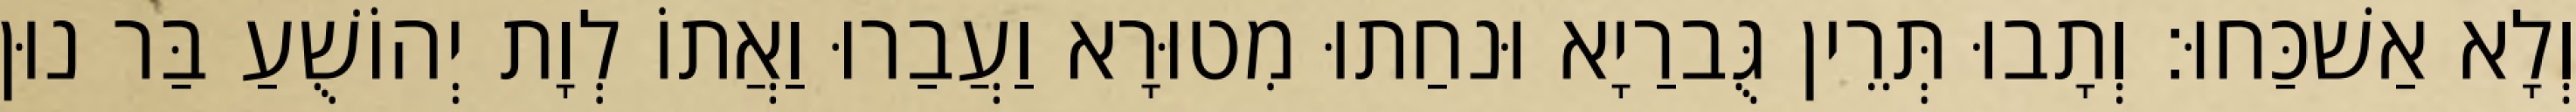
וְלָא אַשׁכַּחוּ׃ וְתָבוּ תְּרֵין גֻּברַיָא וּנחַתוּ מִטוּרָא וַעֲבַרוּ וַאֲתוֹ לְוָת יְהוֹשֻׁעַ בַּר נוּן